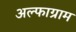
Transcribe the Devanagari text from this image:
अल्फाग्राम